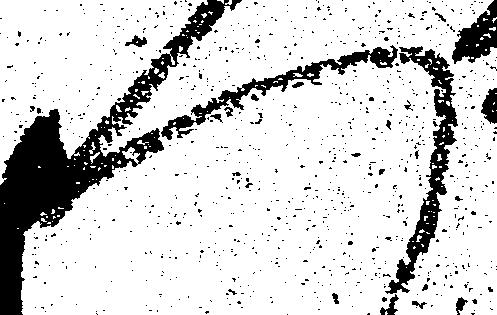
へ